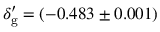
{ \delta _ { \mathrm { g } } ^ { \prime } } = ( - 0 . 4 8 3 \pm 0 . 0 0 1 )